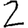
Digit: 2